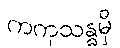
ကကုသန္ဓမှိ